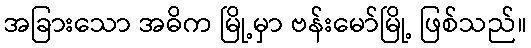
အခြားသော အဓိက မြို့မှာ ဗန်းမော်မြို့ ဖြစ်သည်။